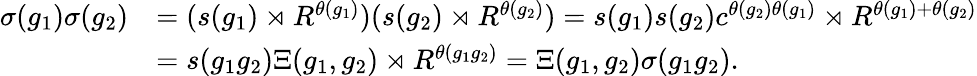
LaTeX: \begin{array}{rl}{\sigma(g_{1})\sigma(g_{2})}&{=(s(g_{1})\rtimes R^{\theta(g_{1})})(s(g_{2})\rtimes R^{\theta(g_{2})})=s(g_{1})s(g_{2})c^{\theta(g_{2})\theta(g_{1})}\rtimes R^{\theta(g_{1})+\theta(g_{2})}}\\ &{=s(g_{1}g_{2})\Xi(g_{1},g_{2})\rtimes R^{\theta(g_{1}g_{2})}=\Xi(g_{1},g_{2})\sigma(g_{1}g_{2}).}\end{array}